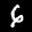
Label: 6